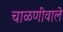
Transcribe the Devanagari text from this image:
चाळणीवाले